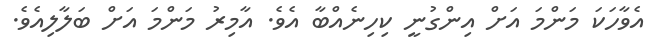
އެވާހަކަ މަންމަ އަށް އިންގުނީ ކިހިނެއްބާ އެވެ. އާމިރު މަންމަ އަށް ބަލާލިއެވެ.